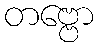
တဗ္ဗော